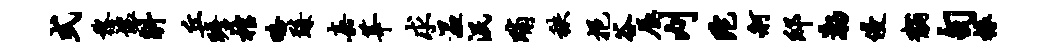
式黎壤斛丘瞻棺略臻嘉莘求温泯晡秩挹谷辰刈陀舸邸渤侵黼句椽